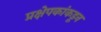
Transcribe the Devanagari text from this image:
प्रक्षेपकांकडून